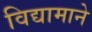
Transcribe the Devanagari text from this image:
विद्यामाने